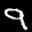
Label: 9